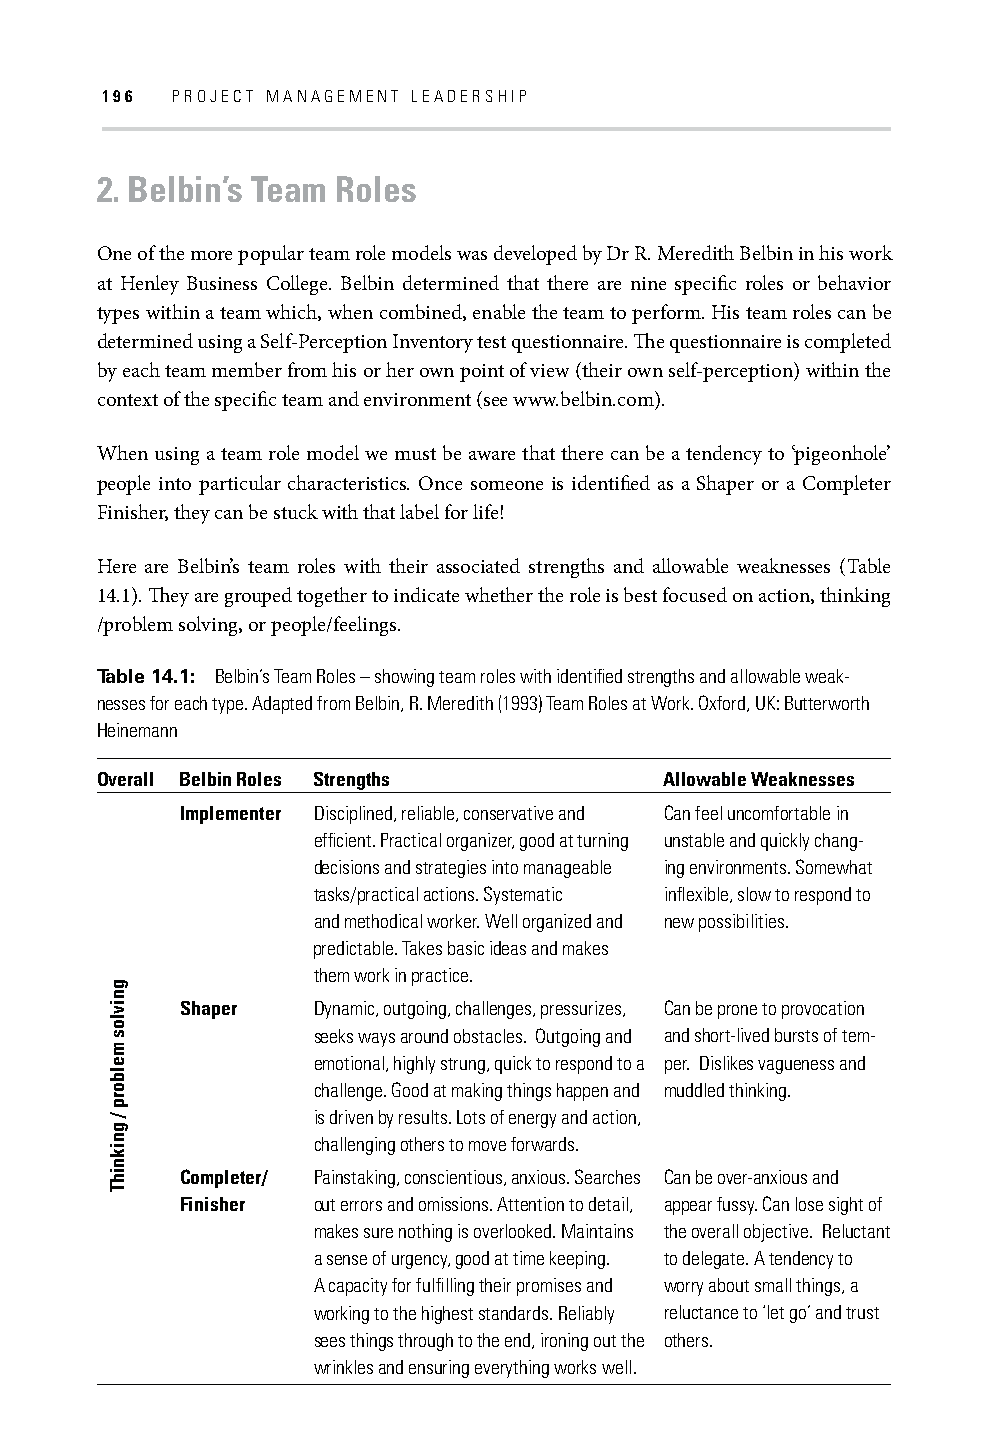
196 PROJECT MANAGEMENT LEADERSHIP
 2. Belbin’s Team Roles
 One of the more popular team role models was developed by Dr R. Meredith Belbin in his work
 at Henley Business College. Belbin determined that there are nine specifi c roles or behavior
 types within a team which, when combined, enable the team to perform. His team roles can be
 determined using a Self-Perception Inventory test questionnaire. Th e questionnaire is completed
 by each team member from his or her own point of view (their own self-perception) within the
 context of the specifi c team and environment (see www.belbin.com).
 When using a team role model we must be aware that there can be a tendency to ‘pigeonhole’
 people into particular characteristics. Once someone is identifi ed as a Shaper or a Completer
 Finisher, they can be stuck with that label for life!
 Here are Belbin’s team roles with their associated strengths and allowable weaknesses (Table
 14.1). Th ey are grouped together to indicate whether the role is best focused on action, thinking
 /problem solving, or people/feelings.
 Table 14.1: Belbin’s Team Roles – showing team roles with identifi ed strengths and allowable weak-
 nesses for each type. Adapted from Belbin, R. Meredith (1993) Team Roles at Work. Oxford, UK: Butterworth
 Heinemann
 Overall Belbin Roles Strengths        Allowable Weaknesses
 Implementer Disciplined, reliable, conservative and Can feel uncomfortable in
 effi cient. Practical organizer, good at turning unstable and quickly chang-
 decisions and strategies into manageable ing environments. Somewhat
 tasks/practical actions. Systematic infl exible, slow to respond to
 and methodical worker. Well organized and new possibilities.
 predictable. Takes basic ideas and makes
 them work in practice.
 Shaper   Dynamic, outgoing, challenges, pressurizes, Can be prone to provocation
 seeks ways around obstacles. Outgoing and and short-lived bursts of tem-
 emotional, highly strung, quick to respond to a per. Dislikes vagueness and
 challenge. Good at making things happen and muddled thinking.
 is driven by results. Lots of energy and action,
 challenging others to move forwards.
 Completer/ Painstaking, conscientious, anxious. Searches Can be over-anxious and
 Finisher out errors and omissions. Attention to detail, appear fussy. Can lose sight of
 makes sure nothing is overlooked. Maintains the overall objective. Reluctant
 a sense of urgency, good at time keeping. to delegate. A tendency to
 A capacity for fulfi lling their promises and worry about small things, a
 working to the highest standards. Reliably reluctance to ‘let go’ and trust
 sees things through to the end, ironing out the others.
 wrinkles and ensuring everything works well.
 gnivlos
 melborp
 /
 gniknihT